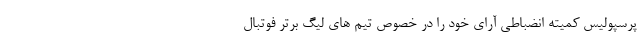
پرسپولیس کمیته انضباطی آرای خود را در خصوص تیم های لیگ برتر فوتبال